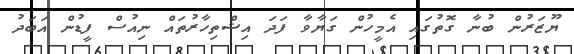
ޔޫޒަރުން ބުނާ ގޮތުގައި އެމީހުން ގަޔާވާ ފަދަ އިޝްތިހާރުތައް ނިއުސް ފީޑުން އަބަދު